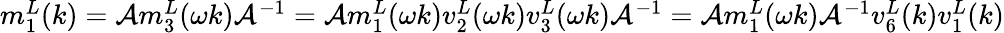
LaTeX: \begin{array}{r}{m_{1}^{L}(k)=\mathcal{A}m_{3}^{L}(\omega k)\mathcal{A}^{-1}=\mathcal{A}m_{1}^{L}(\omega k)v_{2}^{L}(\omega k)v_{3}^{L}(\omega k)\mathcal{A}^{-1}=\mathcal{A}m_{1}^{L}(\omega k)\mathcal{A}^{-1}v_{6}^{L}(k)v_{1}^{L}(k)}\end{array}